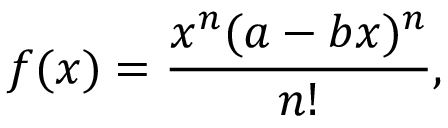
f ( x ) = { \frac { x ^ { n } ( a - b x ) ^ { n } } { n ! } } ,